Tartu_linnavalitsus, lk 107
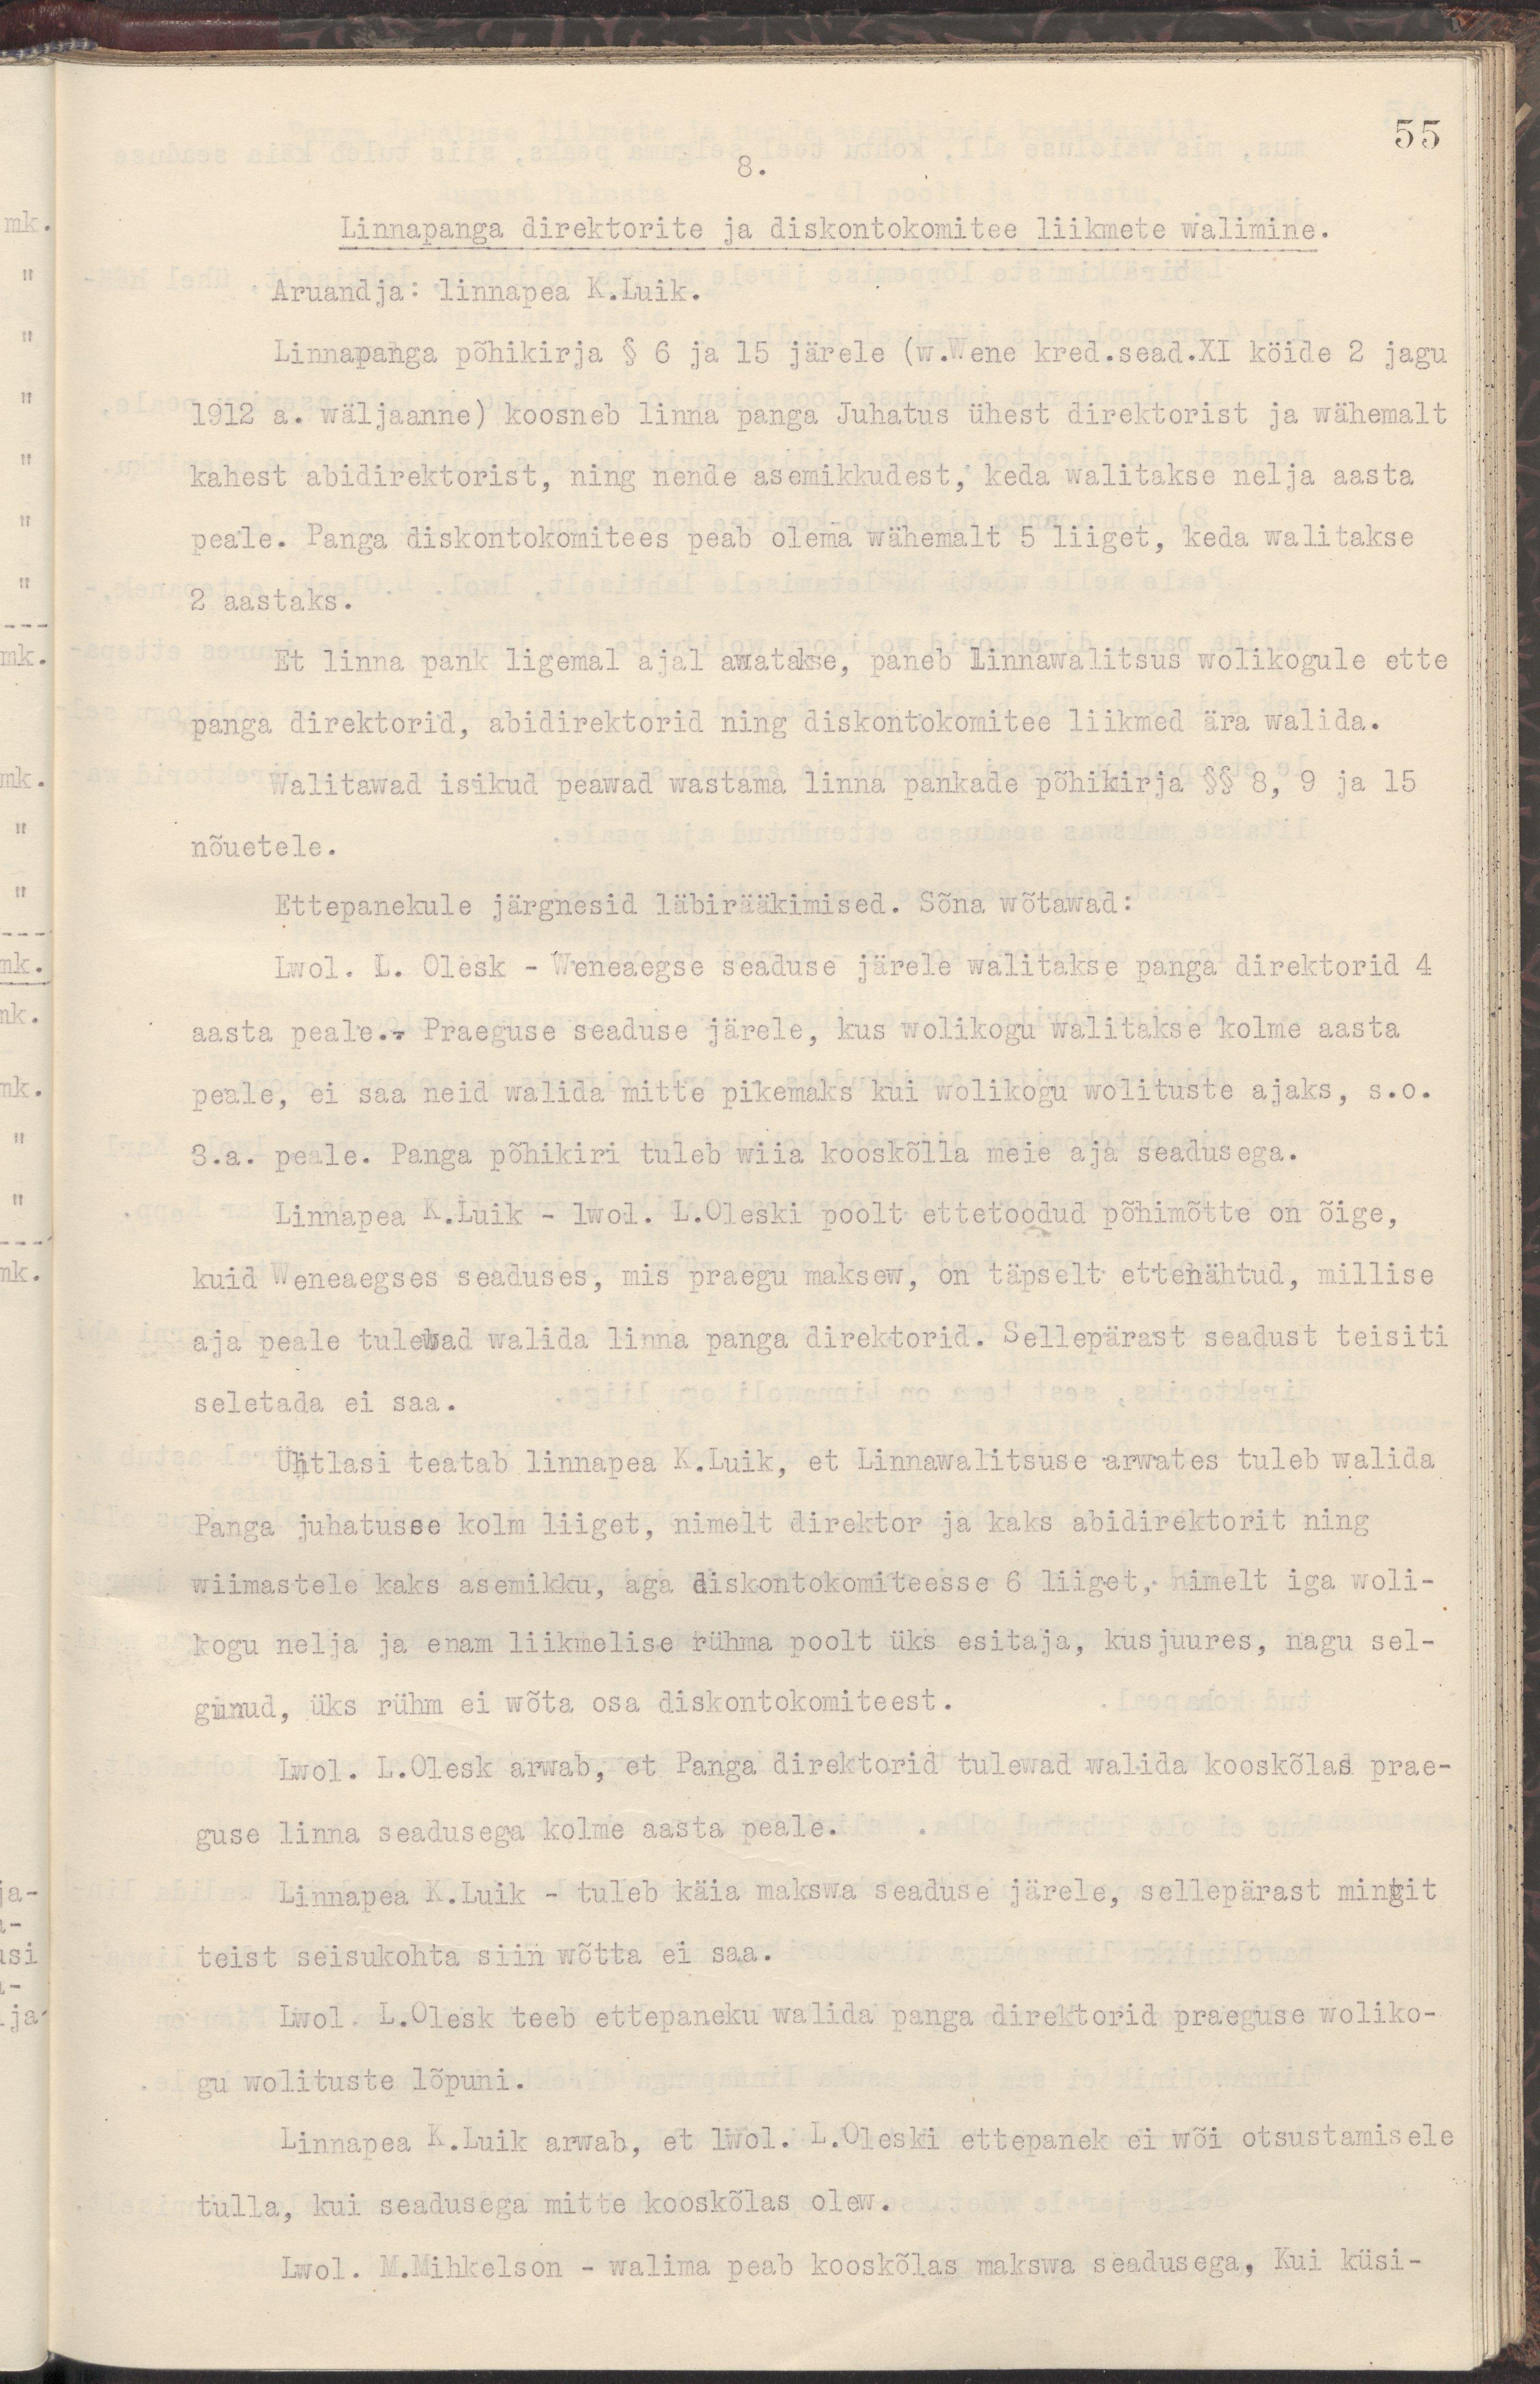
55
8.
Linnapanga direktorite ja diskontokomitee liikmete walimine.
Aruandja: linnapea K.Luik.
Linnapanga põhikirja § 6 ja 15 järele (w.Wene kred.sead.XI köide 2 jagu
1912 a. wäljaanne) koosneb linna panga Juhatuss ühest direktorist ja wähemalt
kahest abidirektorist, ning nende asemikkudest, keda walitakse nelja aasta
peale. Panga diskontokomitees peab olema wähemalt 5 liiget, keda walitakse
2 aastaks.
Et linna pank ligemal ajal awatakse, paneb Linnawalitsus wolikogule ette
panga direktorid, abidirektorid ning diskontokomitee liikmed ära walida.
Walitawad isikud peawad wastama linna pankade põhikirja §§ 8, 9 ja 15
nõuetele.
Ettepanekule järgnesid läbirääkimised. Sõna wõtawad:
Lwol. L. Olesk - Weneaegse seaduse järele walitakse panga direktorid 4
aasta peale.- Praeguse seaduse järele, kus wolikogu walitakse kolme aasta
peale, ei saa neid walida mitte pikemaks kui wolikogu wolituste ajaks, s.o.
3.a. peale. Panga põhikiri tuleb wiia kooskõlla meie aja seadusega.
Linnapea K.Luik - lwol. L.Oleski poolt ettetoodud põhimõtte on õige,
kuid Weneaegses seaduses, mis praegu maksew, on täpselt ettenähtud, millise
aja peale tulewad walida linna panga direktorid. Sellepärast seadust teisiti
seletada ei saa.
Ühtlasi teatab linnapea K.Luik, et Linnawalitsuse arwates tuleb walida
Panga juhatusse kolm liiget, nimelt direktor ja kaks abidirektorit ning
wiimastele kaks asemikku, aga diskontokomiteesse 6 liiget, nimelt iga woli-
kogu nelja ja enam liikmelise rühma poolt üks esitaja, kusjuures, nagu sel-
gunud, üks rühm ei wõta osa diskontokomiteest.
Lwol. L.Olesk arwab, et Panga direktorid tulewad walida kooskõlas prae-
guse linna seadusega kolme aasta peale.
Linnapea K.Luik - tuleb käia makswa seaduse järele, sellepärast mingit
teist seisukohta siin võtta ei saa.
Lwol. L.Olesk teeb ettepaneku walida panga direktorid praeguse woliko-
gu wolituste lõpuni.
Linnapea K.Luik arwab, et lwol. L.Oleski ettepanek ei wõi otsustamisele
tulla, kui seadusega mitte kooskõlas olew.
Lwol. M.Mihkelson - walima peab kooskõlas makswa seadusega, Kui küsi-